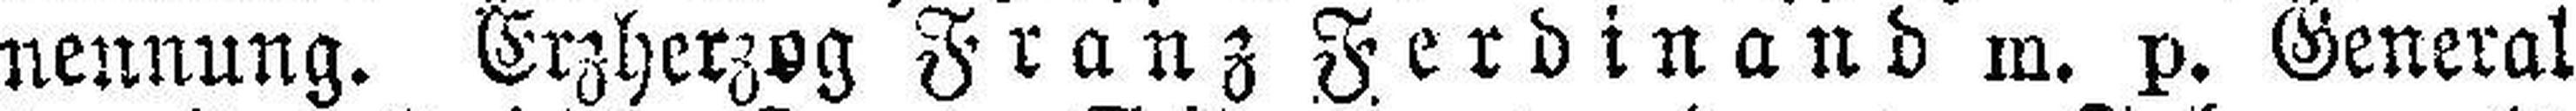
nennung. Erzherzog Franz Ferdinand m. p. General